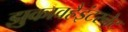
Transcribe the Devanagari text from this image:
झुकावहैइंटरनेट